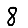
Digit: 8